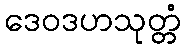
ဒေဝဒဟသုတ္တံ